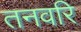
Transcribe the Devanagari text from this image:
तनवरि